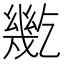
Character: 𢇓